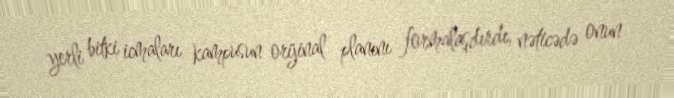
yerli bitki icmaları kampusun orijinal planını formalaşdırdı, nəticədə onun